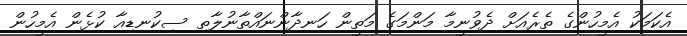
އެކަމަކު އެމީހުންގެ ތެރެއަށް ދެވުނީމާ މަންމަގެ މަތީން ހަނދާންނައްތާނުލާތި ސިކުނޑިއާ ކުޅެން އެމީހުން